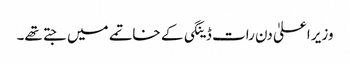
وزیر اعلیٰ دن رات ڈینگی کے خاتمے میں جتے تھے۔